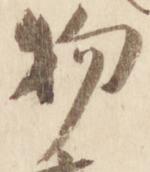
物